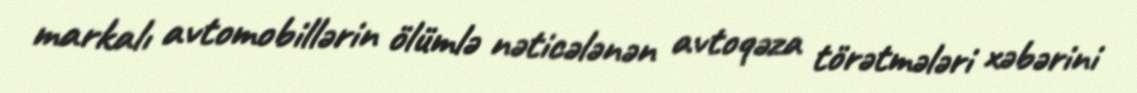
markalı avtomobillərin ölümlə nəticələnən avtoqəza törətmələri xəbərini